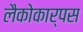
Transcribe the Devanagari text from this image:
लैकोकार्पस